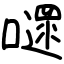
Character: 嚃